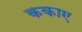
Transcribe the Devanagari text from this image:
ककाए